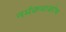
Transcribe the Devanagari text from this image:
नर्मकथाकोष